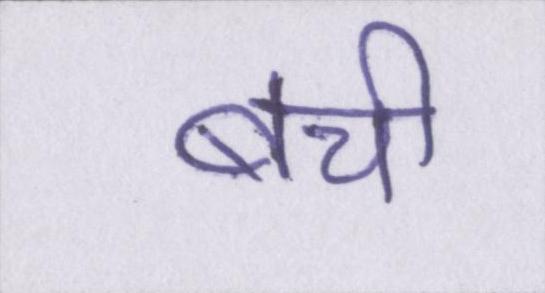
बची